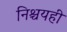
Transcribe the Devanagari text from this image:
निश्चयही